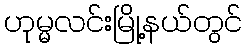
ဟုမ္မလင်းမြို့နယ်တွင်